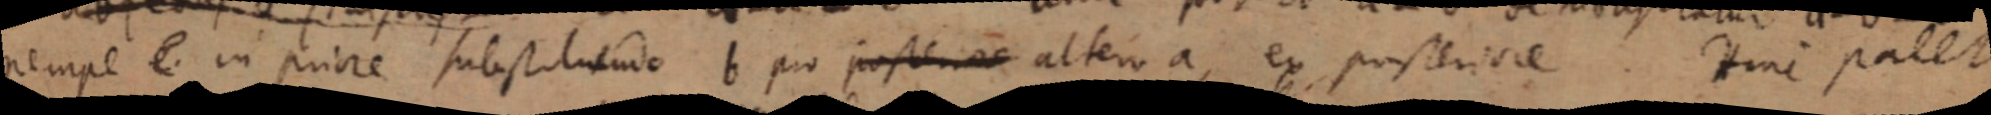
nempe e in priore substituendo B pro posten_ alteri a, ex posteriore. Hinc palet